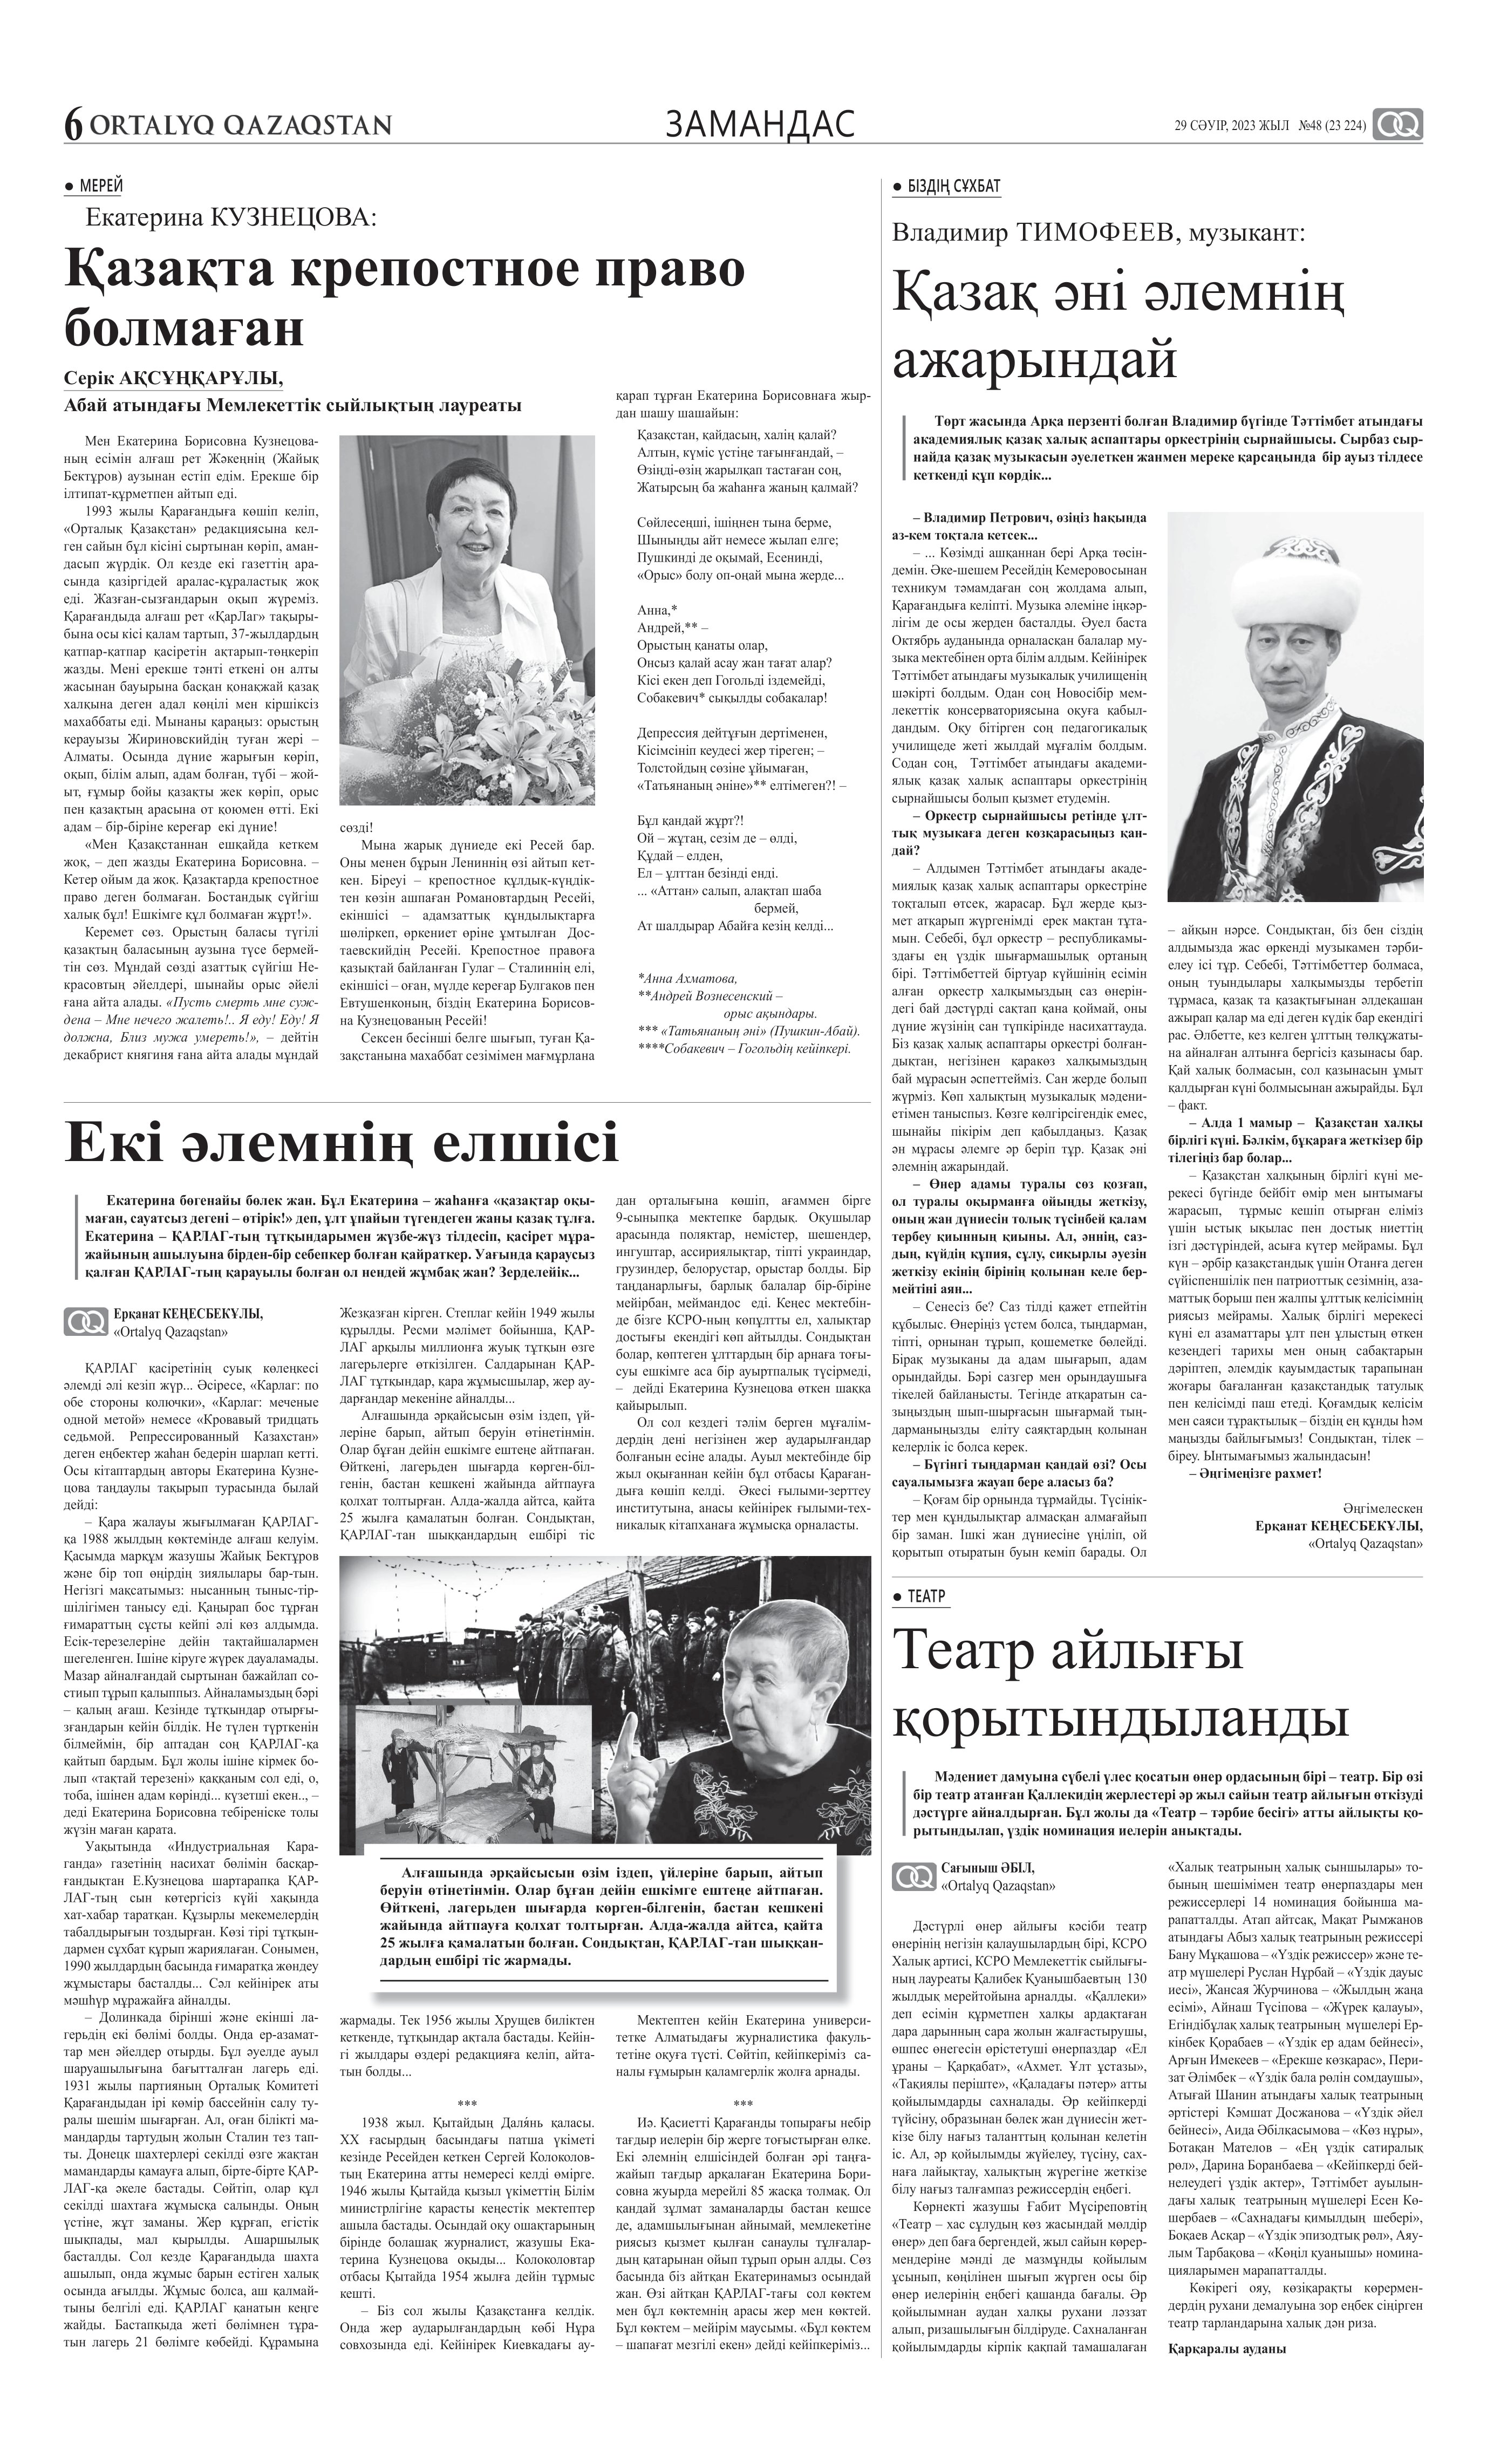
Language: kk